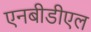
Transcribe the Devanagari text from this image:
एनबीडीएल